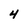
Character: 4